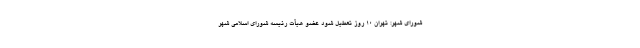
شورای شهر: تهران ۱۰ روز تعطیل شود عضو هیأت رئیسه شورای اسلامی شهر